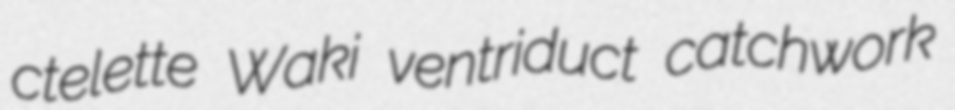
ctelette Waki ventriduct catchwork